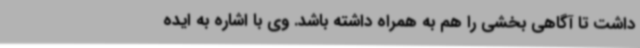
داشت تا آگاهی بخشی را هم به همراه داشته باشد. وی با اشاره به ایده